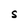
Character: S